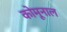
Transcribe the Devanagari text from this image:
कोमूनाल